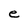
Character: e